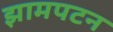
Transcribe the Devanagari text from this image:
झामपटन